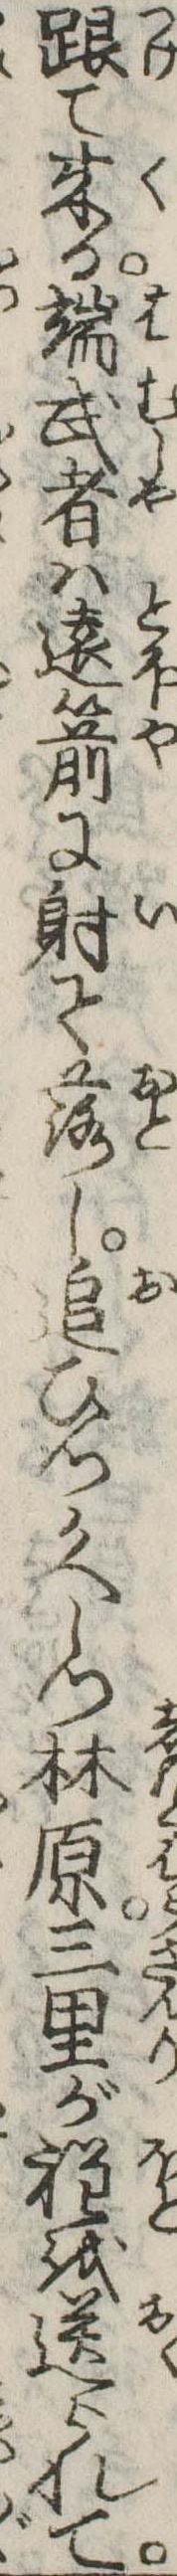
跟て来る端武者は遠箭に射て落し追ひつかへしつ林原三里が程を送られて